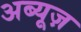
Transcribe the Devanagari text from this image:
अब्यूज़